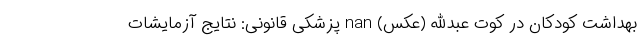
بهداشت کودکان در کوت عبدالله (عکس) nan پزشکی قانونی: نتایج آزمایشات